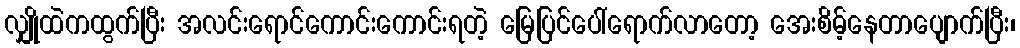
လျှိုထဲကထွက်ပြီး အလင်းရောင်ကောင်းကောင်းရတဲ့ မြေပြင်ပေါ်ရောက်လာတော့ အေးစိမ့်နေတာပျောက်ပြီး၊